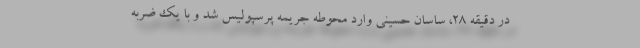
در دقیقه ٢٨، ساسان حسینی وارد محوطه جریمه پرسپولیس شد و با یک ضربه